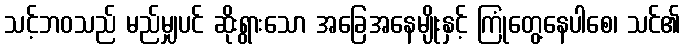
သင့်ဘဝသည် မည်မျှပင် ဆိုးရွားသော အခြေအနေမျိုးနှင့် ကြုံတွေ့နေပါစေ၊ သင်၏